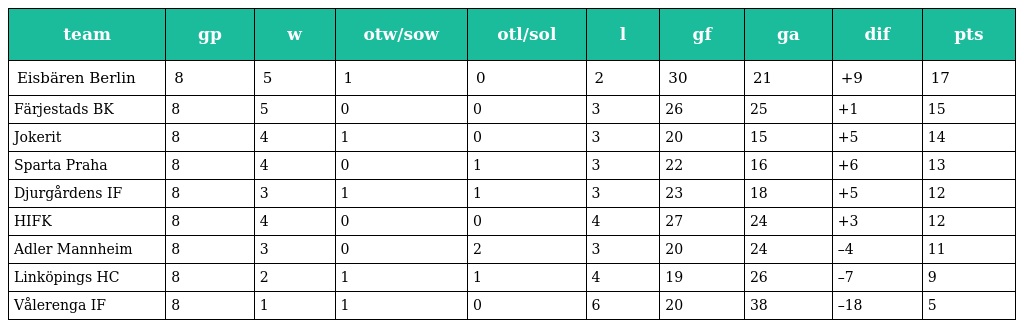
| team | gp | w | otw/sow | otl/sol | l | gf | ga | dif | pts |
 | --- | --- | --- | --- | --- | --- | --- | --- | --- | --- |
 | Eisbären Berlin | 8 | 5 | 1 | 0 | 2 | 30 | 21 | +9 | 17 |
 | Färjestads BK | 8 | 5 | 0 | 0 | 3 | 26 | 25 | +1 | 15 |
 | Jokerit | 8 | 4 | 1 | 0 | 3 | 20 | 15 | +5 | 14 |
 | Sparta Praha | 8 | 4 | 0 | 1 | 3 | 22 | 16 | +6 | 13 |
 | Djurgårdens IF | 8 | 3 | 1 | 1 | 3 | 23 | 18 | +5 | 12 |
 | HIFK | 8 | 4 | 0 | 0 | 4 | 27 | 24 | +3 | 12 |
 | Adler Mannheim | 8 | 3 | 0 | 2 | 3 | 20 | 24 | –4 | 11 |
 | Linköpings HC | 8 | 2 | 1 | 1 | 4 | 19 | 26 | –7 | 9 |
 | Vålerenga IF | 8 | 1 | 1 | 0 | 6 | 20 | 38 | –18 | 5 |